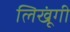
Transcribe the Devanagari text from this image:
लिखूंगी